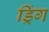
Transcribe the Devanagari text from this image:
ड्रिंग